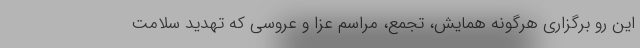
این رو برگزاری هرگونه همایش، تجمع، مراسم عزا و عروسی که تهدید سلامت